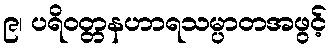
၉၊ ပရိဝတ္တနဟာရသမ္ပာတအဖွင့်